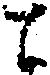
と